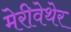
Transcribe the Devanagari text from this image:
मेरीवेथेर